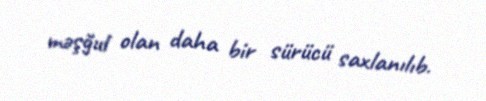
məşğul olan daha bir sürücü saxlanılıb.